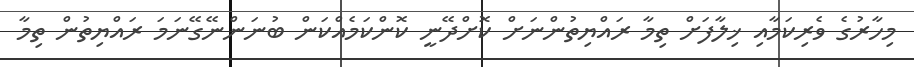
މިހާރުގެ ވެރިކަމާއި ޚިލާފަށް ތިމާ ރައްޔިތުންނަށް ކޮށްދޭނީ ކޮންކަމެއްކަން ބުނަންނޭގޭނަމަ ރައްޔިތުން ތިމާ